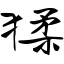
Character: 猱